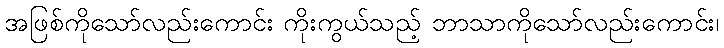
အဖြစ်ကိုသော်လည်းကောင်း ကိုးကွယ်သည့် ဘာသာကိုသော်လည်းကောင်း၊